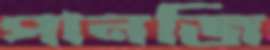
পানজি